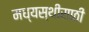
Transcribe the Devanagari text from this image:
मध्यस्थीसाठी